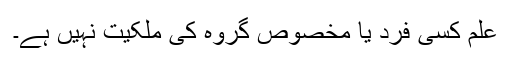
علم کسی فرد یا مخصوص گروہ کی ملکیت نہیں ہے۔